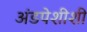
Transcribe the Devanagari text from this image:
अंडपेशीशी